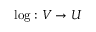
\log : V \rightarrow U